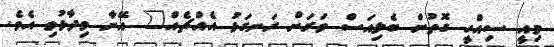
މިއީ ސިއްހީ ގޮތުން ބެލިއަސް ވަރަށް ރަނގަޅު އެއްޗެއް" އޭނާ ވިދާޅުވި އެވެ.